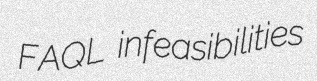
FAQL infeasibilities